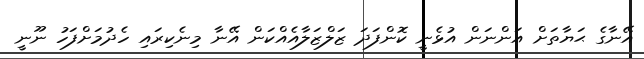
އޭނާގެ ޙަޔާތަށް އަންނަން އުޅެނީ ކޮންފަދަ ޒަލްޒަލާއެއްކަން އޭނާ މިނެކިރައި ހެދުމަށްފަހު ނޫނީ